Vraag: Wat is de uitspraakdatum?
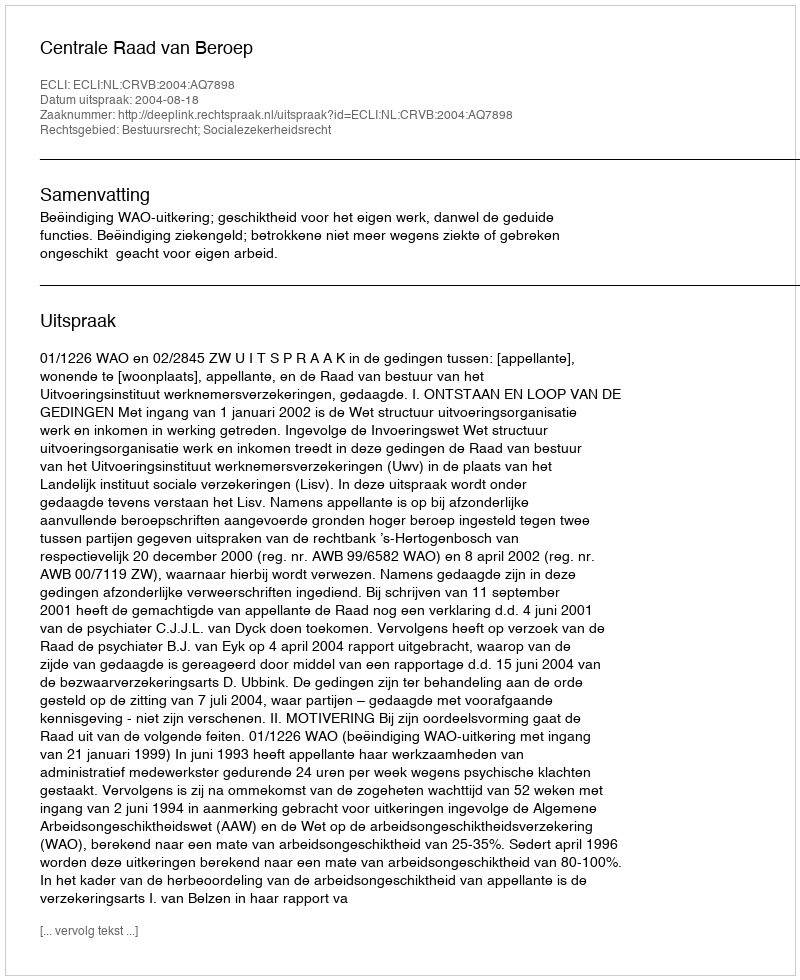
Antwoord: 2004-08-18